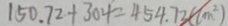
1 5 0 . 7 2 + 3 0 4 = 4 5 4 . 7 2 ( c m ^ { 2 } )